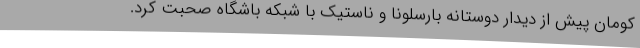
کومان پیش از دیدار دوستانه بارسلونا و ناستیک با شبکه باشگاه صحبت کرد.